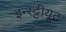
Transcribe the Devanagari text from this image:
इन्स्ट्टीयूट